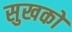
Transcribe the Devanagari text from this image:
सुखको